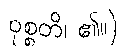
ဝုစ္စတိ၊ ၏။)